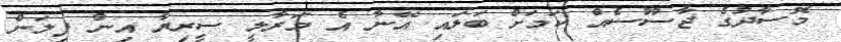
މޮސާދުގެ ޖާސޫސެއް ކަމަށް ބަލައި އޭނާ އެ މަރާލީ ސީރިޔާ އިން ފިލަން